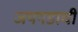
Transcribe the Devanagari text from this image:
जयगडाची